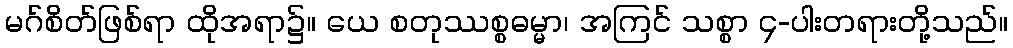
မဂ်စိတ်ဖြစ်ရာ ထိုအရာ၌။ ယေ စတုဿစ္စဓမ္မာ၊ အကြင် သစ္စာ ၄-ပါးတရားတို့သည်။